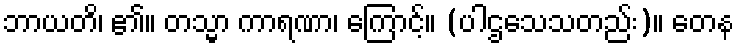
ဘာယတိ၊ ၏။ တသ္မာ ကာရဏာ၊ ကြောင့်။ (ပါဌသေသတည်း)။ တေန